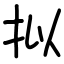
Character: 拟